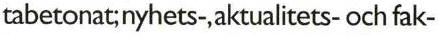
tabetonat;nyhets-,aktualitets- och fak-